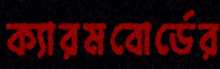
ক্যারমবোর্ডের